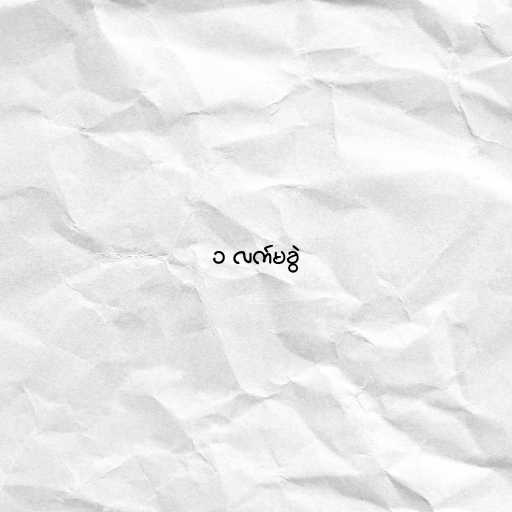
၁ လက်မခွဲ